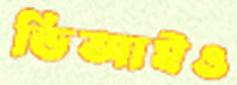
ডিআইও